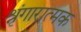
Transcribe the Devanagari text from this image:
श्रृंगारात्मक